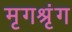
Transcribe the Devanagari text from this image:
मृगश्रृंग